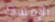
الإمساك